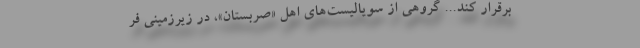
برقرار کند... گروهی از سویالیست‌های اهل «صربستان»، در زیرزمینی فر